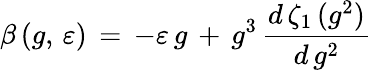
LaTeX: \beta\, (g,\, \varepsilon)\, =\, -\varepsilon\, g\, +\, g^{3}\, \frac{d\, \zeta_{1}\, (g^{2})}{d\, g^{2}}